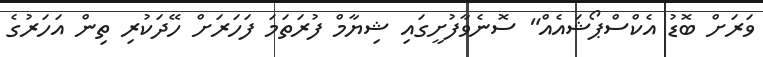
ވަރަށް ބޮޑު އެކްސްޕޯޝައެއް" ސޮނެވާފުށީގައި ޝިޔާމް ފުރަތަމަ ފަހަރަށް ހޭދަކުރި ތިން އަހަރުގެ